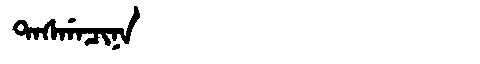
Manchu: ᡨᠠᠰᡤᠠᠴᡳᠨᠠ
Romanization: TASGACINA